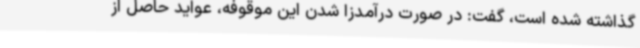
گذاشته شده است، گفت: در صورت درآمدزا شدن این موقوفه، عواید حاصل از